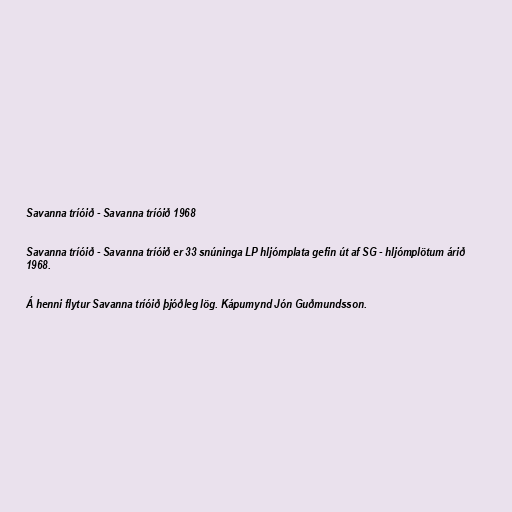
Savanna tríóið - Savanna tríóið 1968

Savanna tríóið - Savanna tríóið er 33 snúninga LP hljómplata gefin út af SG - hljómplötum árið
1968.

Á henni flytur Savanna tríóið þjóðleg lög. Kápumynd Jón Guðmundsson.